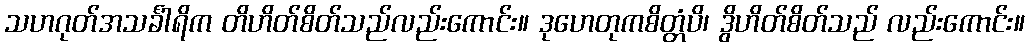
သဟဂုတ်အသင်္ခါရိက တိဟိတ်စိတ်သည်လည်းကောင်း။ ဒုဟေတုကစိတ္တံပိ၊ ဒွိဟိတ်စိတ်သည် လည်းကောင်း။